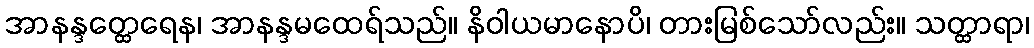
အာနန္ဒတ္ထေရေန၊ အာနန္ဒမထေရ်သည်။ နိဝါယမာနောပိ၊ တားမြစ်သော်လည်း။ သတ္ထာရာ၊